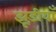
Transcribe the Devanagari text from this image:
झूड़ीयाँ